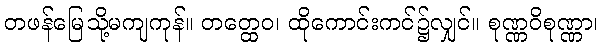
တဖန်မြေသို့မကျကုန်။ တတ္ထေဝ၊ ထိုကောင်းကင်၌လျှင်။ စုဏ္ဏဝိစုဏ္ဏာ၊